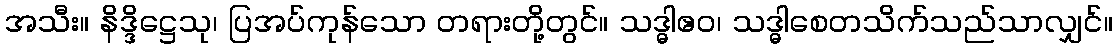
အသီး။ နိဒ္ဒိဋ္ဌေသု၊ ပြအပ်ကုန်သော တရားတို့တွင်။ သဒ္ဓါဧဝ၊ သဒ္ဓါစေတသိက်သည်သာလျှင်။